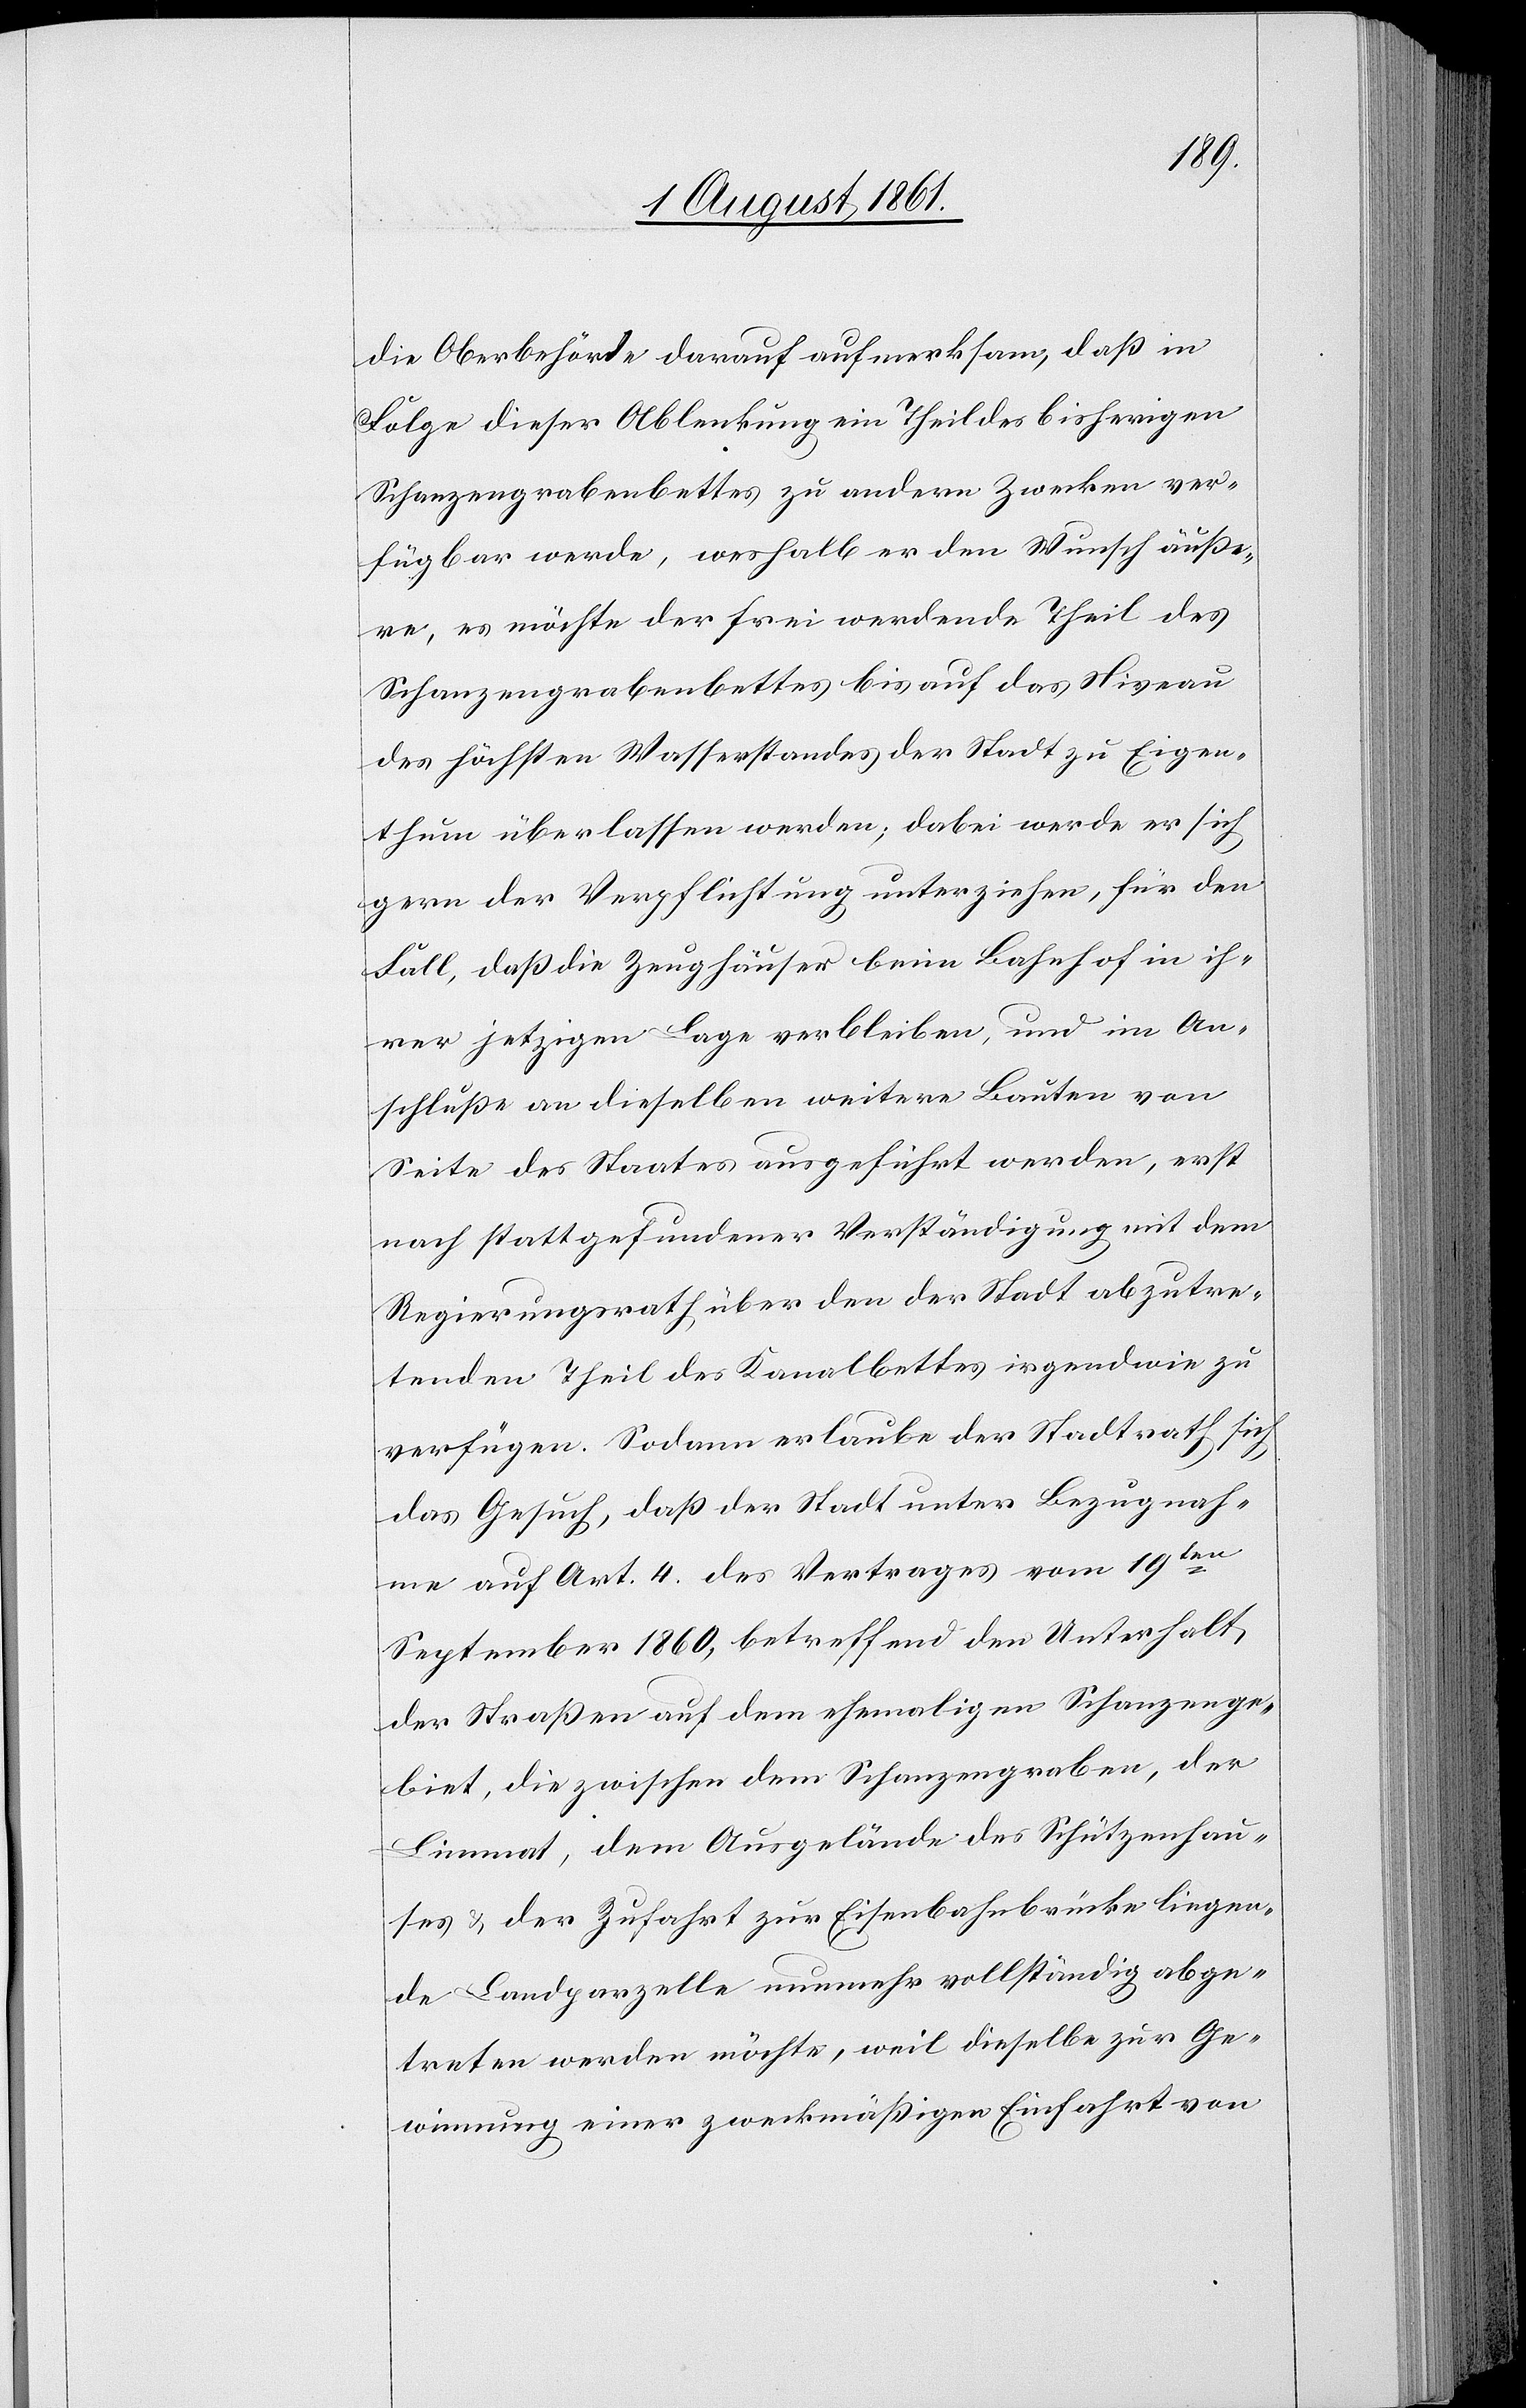
Oberbehörde darauf aufmerksam, daß in
Folge dieser Ablenkung ein Theil des bisherigen
Schanzengrabenbettes zu andern Zwecken ver¬
fügbar werde, weshalb er den Wunsch äuße¬
re, es möchte der frei werdende Theil des
Schanzengrabenbettes bis auf das Niveau
des höchsten Wasserstandes der Stadt zu Eigen¬
thum überlassen werden; dabei werde er sich
gern der Verpflichtung unterziehen, für den
Fall, daß die Zeughäuser beim Bahnhof in ih¬
rer jetzigen Lage verbleiben, und im An¬
schluße an dieselben weitere Bauten von
Seite des Staates ausgeführt werden, erst
nach stattgefundener Verständigung mit dem
Regierungsrath über den der Stadt abzutre¬
tenden Theil des Kanalbettes irgendwie zu
verfügen. Sodann erlaube der Stadtrath sich
das Gesuch, daß der Stadt unter Bezugnah¬
me auf Art. 4 des Vertrages vom 19ten
September 1860, betreffend den Unterhalt
der Straßen auf dem ehemaligen Schanzenge¬
biet, die zwischen dem Schanzengraben, der
Limmat, dem Ausgelände des Schützenhau¬
ses u. der Zufahrt zur Eisenbahnbrücke liegen¬
de Landparzelle nunmehr vollständig abge¬
treten werden möchte, weil dieselbe zur Ge¬
winnung einer zweckmäßigen Einfahrt von